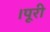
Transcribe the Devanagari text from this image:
।पूरी